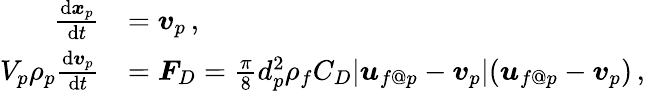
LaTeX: \begin{array}{rl}{\frac{\mathrm{d}\boldsymbol{x}_{p}}{\mathrm{d}t}}&{=\boldsymbol{v}_{p}\, ,}\\ {V_{p}\rho_{p}\frac{\mathrm{d}\boldsymbol{v}_{p}}{\mathrm{d}t}}&{=\boldsymbol{F}_{D}=\frac{\pi}{8}d_{p}^{2}\rho_{f}C_{D}|\boldsymbol{u}_{f@p}-\boldsymbol{v}_{p}|(\boldsymbol{u}_{f@p}-\boldsymbol{v}_{p})\, ,}\end{array}